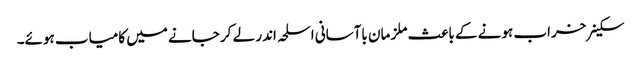
سکینر خراب ہونے کے باعث ملز مان باآسانی اسلحہ اندر لے کر جانے میں کامیاب ہوئے۔